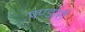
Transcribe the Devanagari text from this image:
पण्डारी